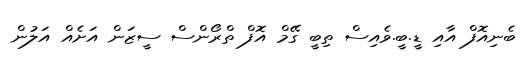
ބެނިއޮފް އާއި ޑީ.ބީ.ވެއިސް ތިބީ ގޭމް އޮފް ތްރޯންސް ސީޒަން އަށެއް އަލުން